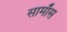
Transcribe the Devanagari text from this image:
सामाँस